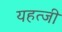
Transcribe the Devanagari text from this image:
यहत्जी